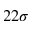
2 2 \sigma